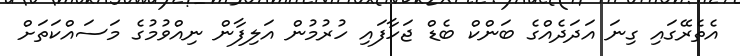
އެތެރޭގައި ގިނަ އަދަދެއްގެ ބަންކް ބެޑް ޖަހާފައި ހުރުމުން އަލިފާން ނިއްވުމުގެ މަސައްކަތަށް